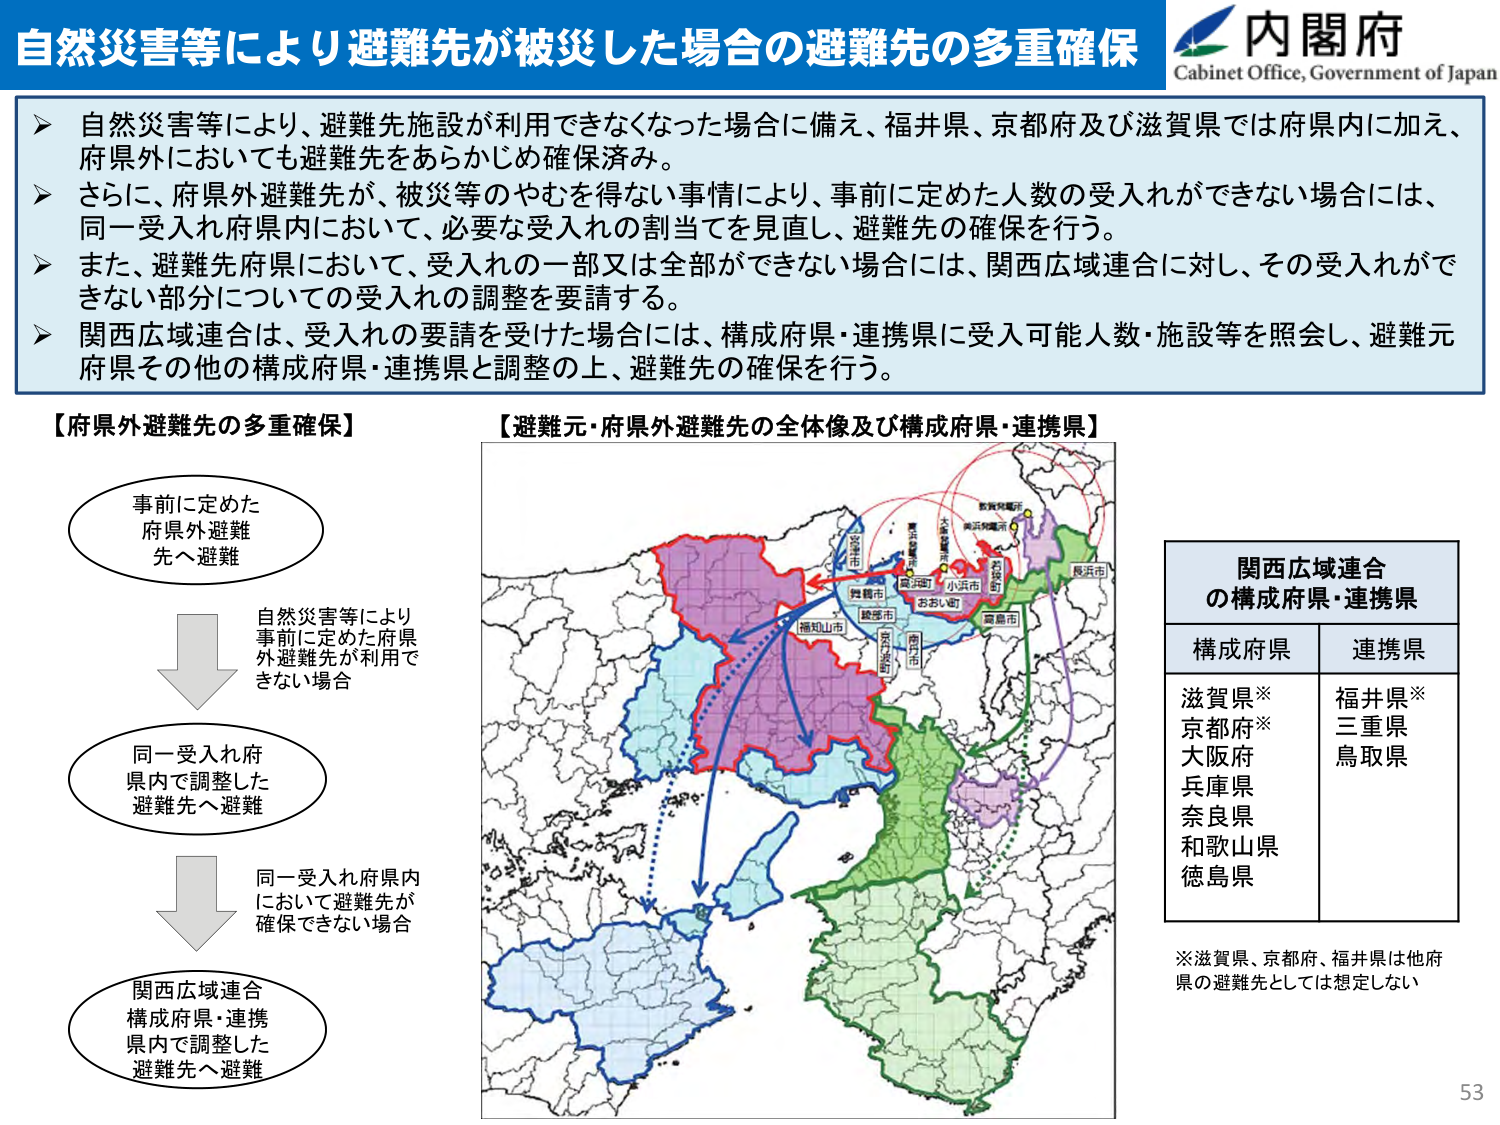
自然災害等により避難先が被災した場合の避難先の多重確保
内閣府
Cabinet Office, Government of Japan

➤ 自然災害等により、避難先施設が利用できなくなった場合に備え、福井県、京都府及び滋賀県では府県内に加え、府県外においても避難先をあらかじめ確保済み。
➤ さらに、府県外避難先が、被災等のやむを得ない事情により、事前に定めた人数の受入れができない場合には、同一受入れ府県内において、必要な受入れの割当てを見直し、避難先の確保を行う。
➤ また、避難先府県において、受入れの一部又は全部ができない場合には、関西広域連合に対し、その受入れができない部分についての受入れの調整を要請する。
➤ 関西広域連合は、受入れの要請を受けた場合には、構成府県・連携県に受入可能人数・施設等を照会し、避難元府県その他の構成府県・連携県と調整の上、避難先の確保を行う。

【府県外避難先の多重確保】
事前に定めた
府県外避難
先へ避難
自然災害等により
事前に定めた府県
外避難先が利用で
きない場合
同一受入れ府
県内で調整した
避難先へ避難
同一受入れ府県内
において避難先が
確保できない場合
関西広域連合
構成府県・連携
県内で調整した
避難先へ避難

【避難元・府県外避難先の全体像及び構成府県・連携県】
（地図上に表示されている都市名等）
京都府
大阪府
兵庫県
奈良県
和歌山県
徳島県
滋賀県
福井県
三重県
鳥取県
（地図上に表示されている矢印や線）
（地図上に表示されている色分けされた地域）

関西広域連合
の構成府県・連携県
構成府県　　　連携県
滋賀県※　　　福井県※
京都府※　　　三重県
大阪府　　　　鳥取県
兵庫県
奈良県
和歌山県
徳島県

※滋賀県、京都府、福井県は他府県の避難先としては想定しない

53